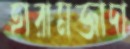
হারামজাদা